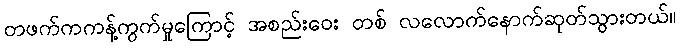
တဖက်ကကန့်ကွက်မှုကြောင့် အစည်းဝေး တစ် လလောက်နောက်ဆုတ်သွားတယ်။